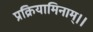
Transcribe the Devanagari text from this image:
प्रक्रियामिनाम्।।